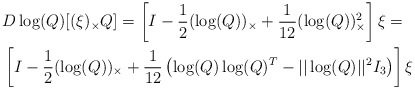
\begin{align*}&D\log(Q) [(\xi)_{\times} Q ] = \left[ I - \frac{1}{2} (\log(Q))_\times + \frac{1}{12} (\log(Q))_\times^2 \right] \xi =\\& \left[ I - \frac{1}{2} (\log(Q))_\times + \frac{1}{12} \left( \log(Q) \log(Q)^T-||\log(Q)||^2 I_3 \right) \right] \xi\end{align*}